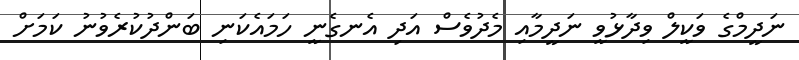
ނަދީމްގެ ވަކީލް ވިދާޅުވީ ނަދީމާއި މެދުވެސް އަދި އެނގެނީ ހަމައެކަނި ބަންދުކުރެވުނު ކަމަށް